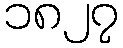
၁၈၂၇